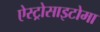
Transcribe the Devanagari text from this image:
ऐस्ट्रोसाइटोमा